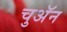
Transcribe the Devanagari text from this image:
चुअॅन